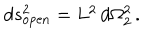
d s _ { \mathrm { o p e n } } ^ { 2 } = L _ { \vphantom 2 } ^ { 2 } \, d \Omega _ { 2 } ^ { 2 } \, .